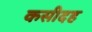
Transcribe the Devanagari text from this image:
कसीदह